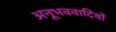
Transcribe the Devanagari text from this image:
अनूभववादियों